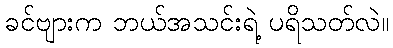
ခင်ဗျားက ဘယ်အသင်းရဲ့ ပရိသတ်လဲ။